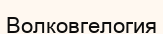
Волковгелогия